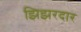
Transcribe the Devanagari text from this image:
झिझरदार